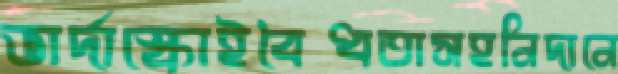
ভার্দাস্কোইবৈধতাসহনিদানে